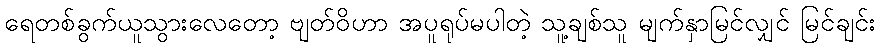
ရေတစ်ခွက်ယူသွားလေတော့ ဗျတ်ဝိဟာ အပူရုပ်မပါတဲ့ သူ့ချစ်သူ မျက်နှာမြင်လျှင် မြင်ချင်း